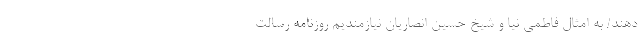
‌دهند/ به امثال فاطمی نیا و شیخ حسین انصاریان نیازمندیم روزنامه رسالت